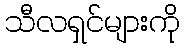
သီလရှင်များကို